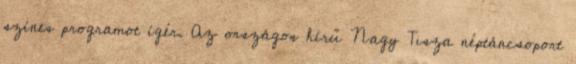
színes programot ígér. Az országos hírű Nagy Tisza néptáncsoport